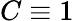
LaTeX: C\equiv 1